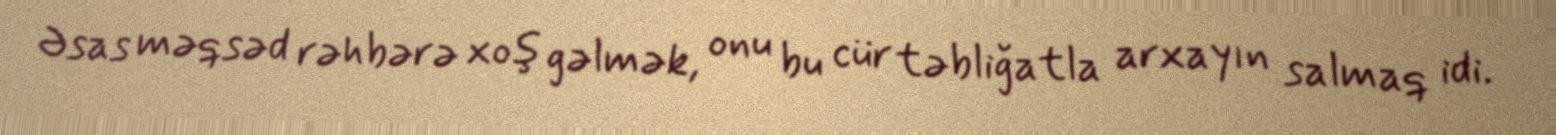
Əsas məqsəd rəhbərə xoş gəlmək, onu bu cür təbliğatla arxayın salmaq idi.